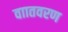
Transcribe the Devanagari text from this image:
वाातवरण